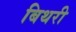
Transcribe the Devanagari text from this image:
बिथरी